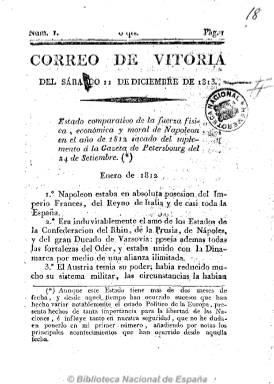
Título: Correo de Vitoria
Colección: Periódicos anteriores a 1850
Ámbito geográfico: Álava
Lugar de publicación: Vitoria
Fechas: 11/12/1813-26/02/1814

Con el abandono definitivo de las tropas napoleónicas de Vitoria en junio de 1813, en cuya ciudad incluso se había instalado provisionalmente José I al huir de Madrid tras la batalla de Bailén de agosto de 1808, nace este periódico el 11 de diciembre de aquel año. Su carácter será noticioso y político y de claro matiz liberal y constitucionalista, al igual que el vizcaíno El bascongado. Publica artículos políticos, comunicados y noticias de la guerra tanto de España como de Europa extractadas de otros periódicos.

Hasta el número 5, de cuatro de enero de 1814, saldrá con una frecuencia semanal (domingo), y seguidamente será bisemanal (martes y sábado). Según Ortiz de Mendívil, cuando es semanario tendrá un carácter más noticioso, para después mezclar los asuntos de política local cuando se enfrenta la burguesía liberal, defensora de una Constitución que había abolido los fueros y de un Estado proteccionista, con los intereses de la clase política dirigente y terrateniente.

Su director es Manuel González del Campo, a quien le acompañan en la redacción Pablo de Jérica y Corta (1781-1841), Vicente Ventura de Cigarán, Casimiro Javier de Egaña, José María de Aldama, Pedro Martínez de Manso, Juan de Maturana, Roque Echéverri y Felipe Urrutia. Tanto el director como sus redactores serán perseguidos por la reacción y encarcelados tras el golpe de Estado absolutista de Fernando VII.

En números de ocho páginas y paginación continuada es impreso por Xavier de Anduézar. Se conoce hasta su número 38, de 30 de abril de 1814, y debió desaparecer tras el decreto que reprime la libertad de imprenta de cuatro de mayo de este año. En 1993, el Ayuntamiento de Vitoria publica su edición facsímil, con un estudio de Javier Fernández Sebastián.